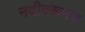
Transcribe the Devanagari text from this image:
नदीवरूनच